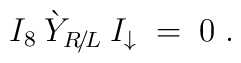
I_8\: \grave{Y}_{R\!/\!L}\: I_\downarrow \;=\; 0\;.